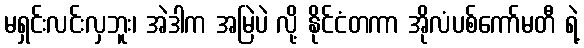
မရှင်းလင်းလှဘူး၊ အဲဒါက အမြဲပဲ လို့ နိုင်ငံတကာ အိုလံပစ်ကော်မတီ ရဲ့